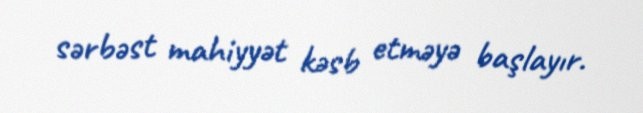
sərbəst mahiyyət kəsb etməyə başlayır.